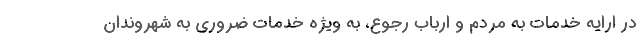
در ارایه خدمات به مردم و ارباب رجوع، به ویژه خدمات ضروری به شهروندان